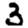
Digit: 3